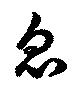
忽